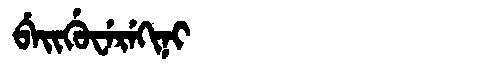
Manchu: ᠪᡝᡳᡤᡠᠸᡝᡵᡝᡴᡳᠨᡳ
Romanization: BEIGUWEREKINI